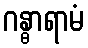
ဂန္ဓာရာမံ